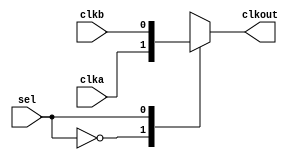
// ********************************************************************/ 
// Microsemi Corporation Proprietary and Confidential
// Copyright 2014 Microsemi Corporation.  All rights reserved.
//
// ANY USE OR REDISTRIBUTION IN PART OR IN WHOLE MUST BE HANDLED IN 
// ACCORDANCE WITH THE MICROSEMI LICENSE AGREEMENT AND MUST BE APPROVED 
// IN ADVANCE IN WRITING.  
//  
//
// SPI Clock Mux.
//
// SVN Revision Information:
// SVN $Revision: 23983 $
// SVN $Date: 2014-11-28 18:12:46 +0000 (Fri, 28 Nov 2014) $
//
// Resolved SARs
// SAR      Date     Who   Description
//
// Notes: 
//
//
// *********************************************************************/ 

module spi_clockmux ( input      sel,
                  input      clka,
                  input      clkb,
                  output reg clkout
                );


 always @(*)
 begin
     case (sel)
         1'b0    : clkout = clka;
         1'b1    : clkout = clkb;
         default : clkout = clka;
     endcase
 end

endmodule